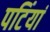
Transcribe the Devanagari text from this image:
पटिंयां